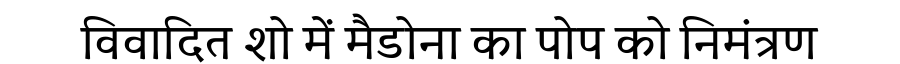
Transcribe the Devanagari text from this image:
विवादित शो में मैडोना का पोप को निमंत्रण